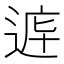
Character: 𲅞